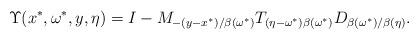
LaTeX: \begin{align*} \Upsilon(x^\ast,\omega^\ast,y,\eta) = I-M_{-(y-x^\ast)/\beta(\omega^\ast)}T_{(\eta-\omega^\ast)\beta(\omega^\ast)} D_{\beta(\omega^\ast)/\beta(\eta)}.\end{align*}